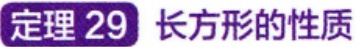
定理 29 长方形的性质